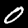
Digit: 0